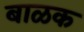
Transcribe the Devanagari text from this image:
बाळक